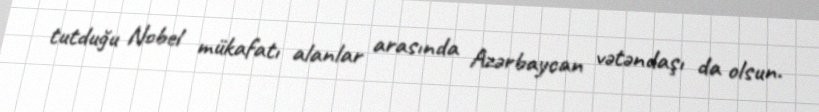
tutduğu Nobel mükafatı alanlar arasında Azərbaycan vətəndaşı da olsun.